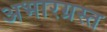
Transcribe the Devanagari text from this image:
अभारग्रस्त